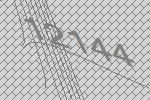
12144